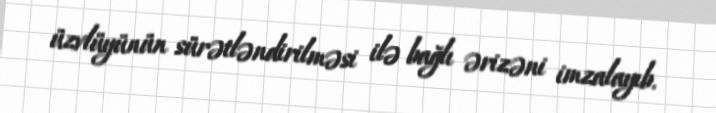
üzvlüyünün sürətləndirilməsi ilə bağlı ərizəni imzalayıb.